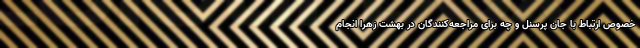
خصوص ارتباط با جان پرسنل و چه برای مراجعه‌کنندگان در بهشت زهرا انجام